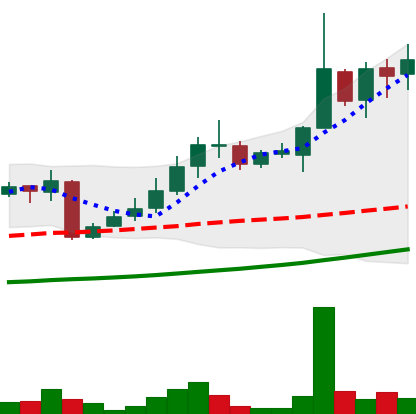
Ticker: LINK-USD
Chart end date: 2018-10-27
Forward return: 15.676%
Label: up_7plus